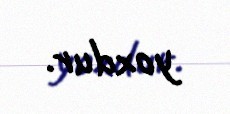
yoxdur.